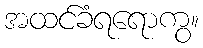
အထင်ခံရရောကွ။